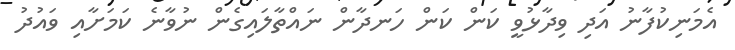
އެމަނިކުފާނު އަދި ވިދާޅުވީ ކަން ކަން ހަނދާން ނައްތާލައިގެން ނުވާނެ ކަމަށާއި ވައުދު